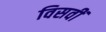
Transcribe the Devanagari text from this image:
विसवीं